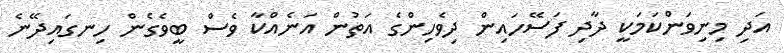
އަދި މިނިވަންކަމަކީ ދާދި ފަސޭހައިން ދިވެހިންގެ އަތުން އަނެއްކާ ވެސް ބީވެގެން ހިނގައިދޭނެ